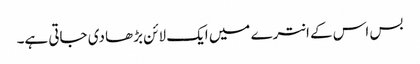
بس اس کے انترے میں ایک لائن بڑھا دی جاتی ہے۔